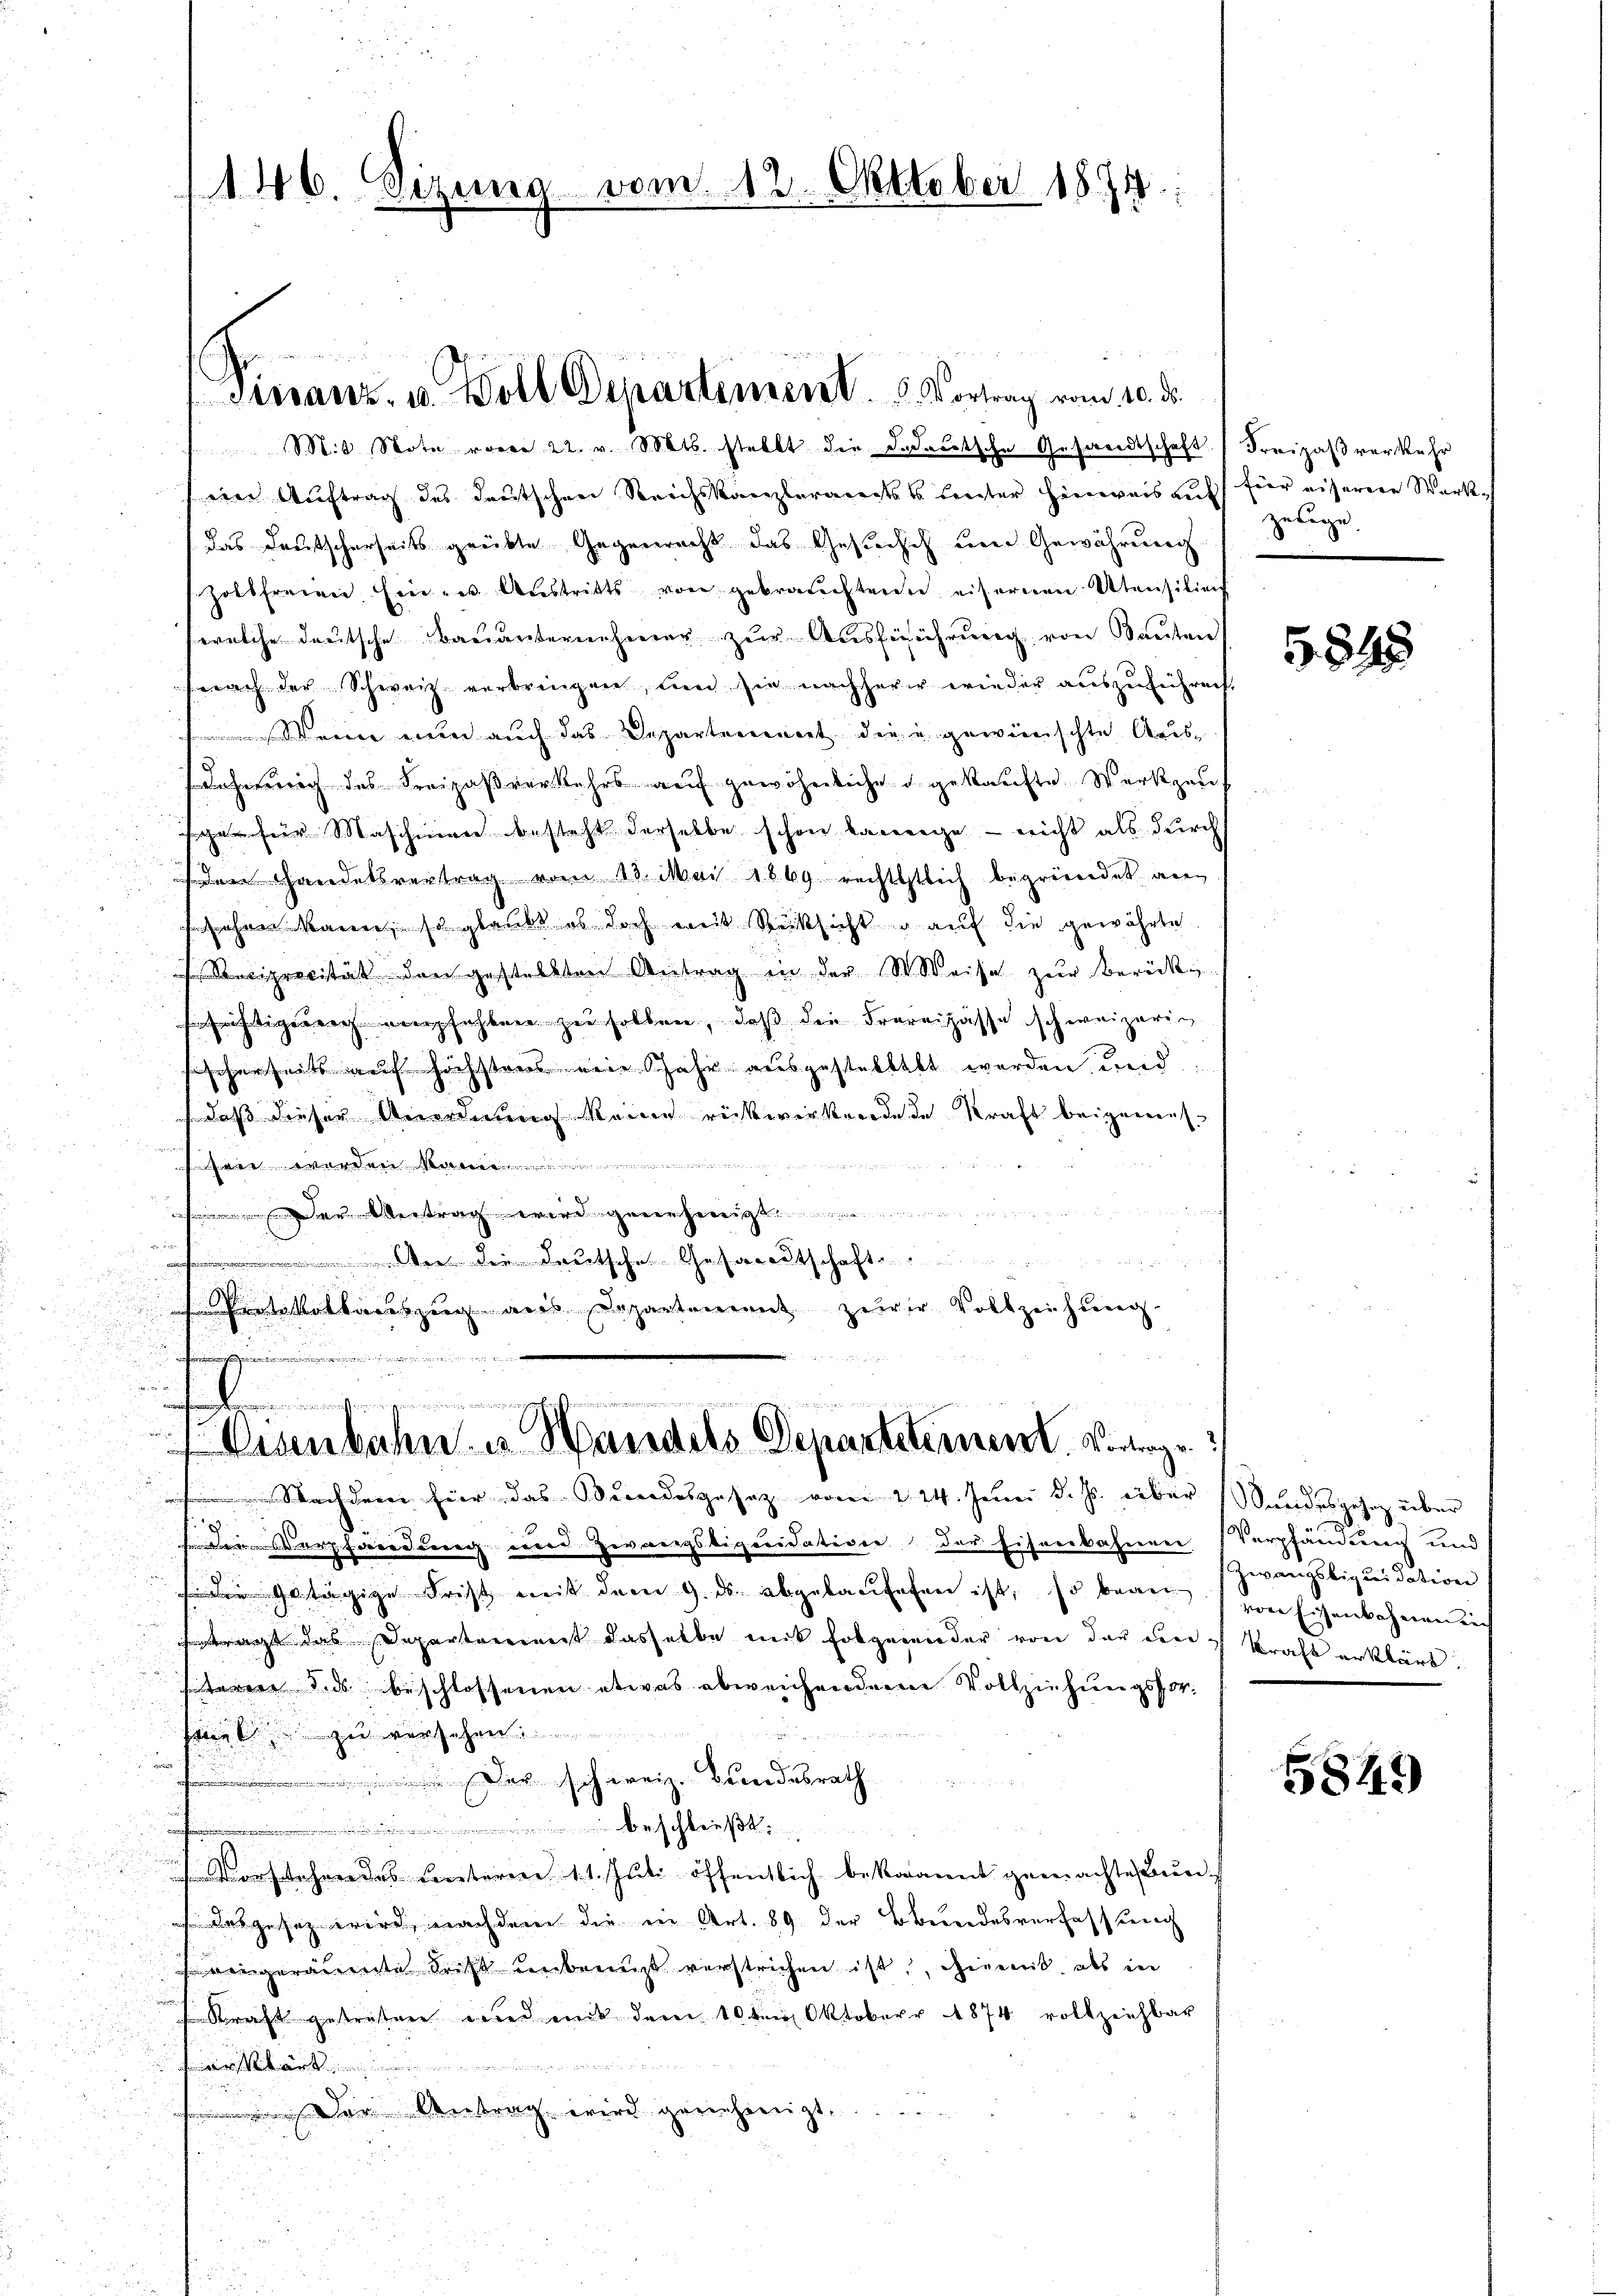
146. Sitzung vom 12. Oktober 1874.

M.t Note vom 22. v. Mts. stellt die dedeŭtsche Gesandtschaft Freizaβ verkehr
ein Auftrag des deutschen Reichskanzlerandess hinter Hinweis auf für eiserere Werkdas Deutscherseits grübte Gegenrecht das Gesuchch um Gewährung
Zottfreien Ein- u Aŭstritts von gebrauchtern eisernen Utensilien
welche deutsche Bauunternehmer zur Ausführung von Bauten
sprach der Schweiz verbringen, und sie nachherer wieder auszuführen,
Wenn nun auch das Departement die u. gewünschte Aus¬
Lahnung des Freizaßverkehrs auf gewöhnliche u. gekaufte Werkzeuf
ge für Maschien besteht derselbe schon lange - nicht als durch
dem Handelsvertrag vom 13. Mai 1869 rechtstlich begründet anahnen kann, so glaubt es doch weit Rücksicht auf die gewährte
Reciprocität den gestellten Antrag in der St. Weise zur Berücke
fristigereich empfehlen zu sollen, daß die Frareipasse schweizerig
sischerseits auf höchstens eine Jahr ausgestellt werden und
 daß dieser Anordnung keine rückwirkendende Kraft beigemessein werden Ma
ser Vertrag wird eine
u
u
Wer die deutsche Gesandtschaft
u

Protokollauszug aus Departement zerer Vollziehŭng
.
n
.
u

Vinanz- u. Woll Departement. Vortrag vom 10. d.

Nachdem hier das Bundesgesetz vom 224. Juni d. Js. über Sandesgesez über
 Der Verpfändung und Herrenzstiquidative der Eisenbahnen Verpfändung und
 die getägige Frist mit dem 9. ds. abgelaufeten ist, so bauen
etragt das Departeierenzt dasselbe mit Folgenender von der der Kraft erklärt.
tare d.d. beschlossenen etwas abweichenden Vollziehungsfor¬

hart zu versehen
Der schweiz. Bundesrath
beschließt

orsehen des unteren 11. Juli öffentlich bekannt gemachte Brun¬
Dasgesetz wird, nachdem die in Art. 89 der Bundesverhaft berech
wingeräumte Kraft unbeengt verstrichen ist, hiemit, als in
Kraft gestrafen wird mit dem 10ten Oktober 1874 vollziehbar
g e g verschen, den in ein u. wir
stärke

 Der Antrag wird geriehmigt.

a
t
 Eisenbahn u. Handels Departetement. Vorge

zulege.

5845

Zwangsbiquidation
von Eisenbahnen nich

5849)